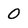
Character: 0